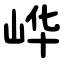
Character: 㟆